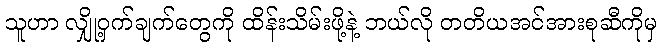
သူဟာ လျှို့ဝှက်ချက်တွေကို ထိန်းသိမ်းဖို့နဲ့ ဘယ်လို တတိယအင်အားစုဆီကိုမှ